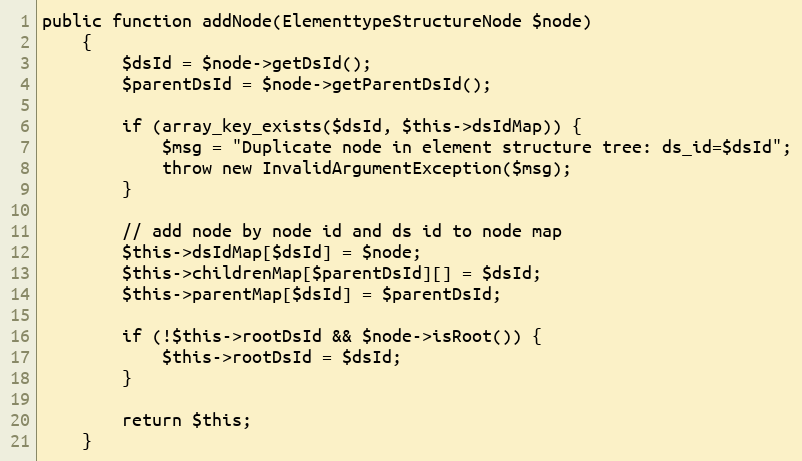
Language: PHP
public function addNode(ElementtypeStructureNode $node)
    {
        $dsId = $node->getDsId();
        $parentDsId = $node->getParentDsId();

        if (array_key_exists($dsId, $this->dsIdMap)) {
            $msg = "Duplicate node in element structure tree: ds_id=$dsId";
            throw new InvalidArgumentException($msg);
        }

        // add node by node id and ds id to node map
        $this->dsIdMap[$dsId] = $node;
        $this->childrenMap[$parentDsId][] = $dsId;
        $this->parentMap[$dsId] = $parentDsId;

        if (!$this->rootDsId && $node->isRoot()) {
            $this->rootDsId = $dsId;
        }

        return $this;
    }